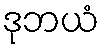
ဒုဘယံ